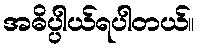
အဓိပ္ပါယ်ရပါတယ်။